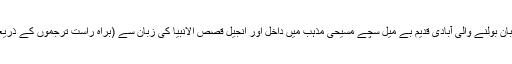
گیارہویں صدی کے وسط تک روسی زبان بولنے والی آبادی قدیم بے میل سچے مسیحی مذہب میں داخل اور انجیل قصص الانبیا کی زبان سے (براہ راست ترجموں کے ذریعے ) مانوس بلکہ مالا مال ہو چلی تھی۔